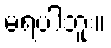
မရပါဘူး။